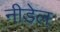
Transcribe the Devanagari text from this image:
नीडेल